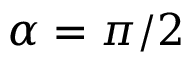
\alpha = \pi / 2